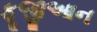
ફૂજીઆન